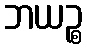
ဘယဉ္စ